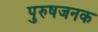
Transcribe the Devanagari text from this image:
पुरुषजनक